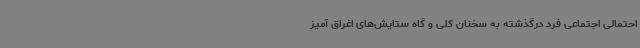
احتمالی اجتماعی فرد درگذشته به سخنان کلی و گاه ستایش‌های اغراق آمیز